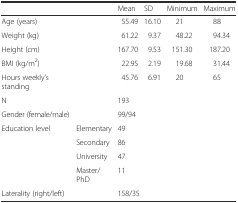
<table><thead><tr><td></td><td></td><td><b>Mean</b></td><td><b>SD</b></td><td><b>Minimum</b></td><td><b>Maximum</b></td></tr></thead><tbody><tr><td>Age (years)</td><td></td><td>55.49</td><td>16.10</td><td>21</td><td>88</td></tr><tr><td>Weight (kg)</td><td></td><td>61.22</td><td>9.37</td><td>48.22</td><td>94.34</td></tr><tr><td>Height (cm)</td><td></td><td>167.70</td><td>9.53</td><td>151.30</td><td>187.20</td></tr><tr><td>BMI (kg/m<sup>2</sup>)</td><td></td><td>22.95</td><td>2.19</td><td>19.68</td><td>31.44</td></tr><tr><td>Hours weekly’s standing</td><td></td><td>45.76</td><td>6.91</td><td>20</td><td>65</td></tr><tr><td>N</td><td></td><td colspan="4">193</td></tr><tr><td>Gender (female/male)</td><td></td><td colspan="4">99/94</td></tr><tr><td rowspan="4">Education level</td><td>Elementary</td><td colspan="4">49</td></tr><tr><td>Secondary</td><td colspan="4">86</td></tr><tr><td>University</td><td colspan="4">47</td></tr><tr><td>Master/PhD</td><td colspan="4">11</td></tr><tr><td>Laterality (right/left)</td><td></td><td colspan="4">158/35</td></tr></tbody></table>